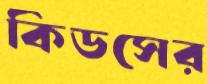
কিডসের